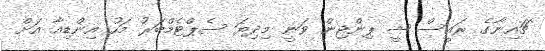
ޗައިނާގެ ރައީސް ޝީ ޕިންޖިން ވަނީ މިދިޔަ ސެޕްޓެމްބަރު މަހު އިންޑިއާ އަށް